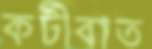
কটীবাত